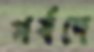
পর্ষদে